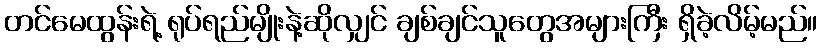
တင်မေထွန်းရဲ့ ရုပ်ရည်မျိုးနဲ့ဆိုလျှင် ချစ်ချင်သူတွေအများကြီး ရှိခဲ့လိမ့်မည်။